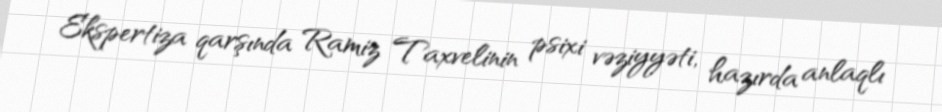
Ekspertiza qarşında Ramiz Taxvelinin psixi vəziyyəti, hazırda anlaqlı